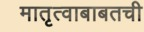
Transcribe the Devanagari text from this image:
मातृत्वाबाबतची